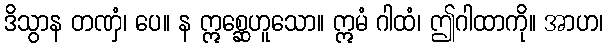
ဒိသွာန တဏှံ၊ ပေ။ န ဣစ္ဆေဟူသော။ ဣမံ ဂါထံ၊ ဤဂါထာကို။ အာဟ၊